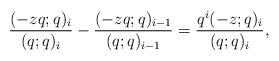
LaTeX: \begin{align*}\frac{(-zq;q)_i}{(q;q)_i}-\frac{(-zq;q)_{i-1}}{(q;q)_{i-1}}=\frac{q^i (-z;q)_i}{(q;q)_i},\end{align*}